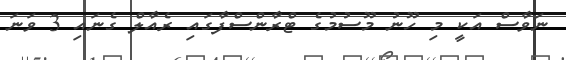
ނަވާސް އަކީ މި ހޫނު މޫސުމުގެ ޓްރާންސްފާގައި ރެއާލް ގެނައި 3 ވަނަ